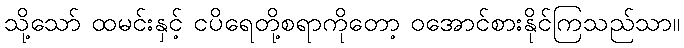
သို့သော် ထမင်းနှင့် ငပိရေတို့စရာကိုတော့ ဝအောင်စားနိုင်ကြသည်သာ။